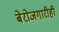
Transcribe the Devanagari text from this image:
बेरोजगारीही